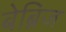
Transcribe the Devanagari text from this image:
बेब्रिज